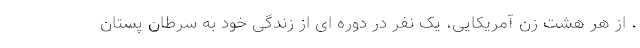
، از هر هشت زن آمریکایی، یک نفر در دوره ای از زندگی خود به سرطان پستان